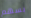
بسهم